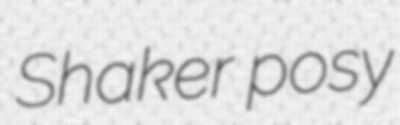
Shaker posy